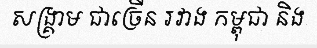
សង្គ្រាម ជាច្រើន រវាង កម្ពុជា និង